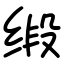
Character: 缎